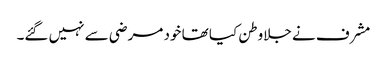
مشرف نے جلاوطن کیا تھا خود مرضی سے نہیں گئے۔